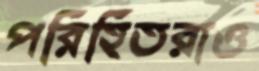
পরিহিতরাও